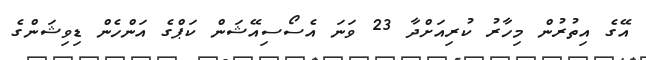
އޭގެ އިތުރުން މިހާރު ކުރިއަށްދާ 23 ވަނަ އެސޯސިއޭޝަން ކަޕްގެ އަންހެން ޑިވިޝަންގެ